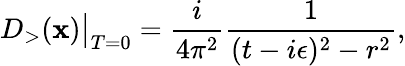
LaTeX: D_{>}(\mathbf{x})\big|_{T=0}={\frac{{i}}{{4\pi^{2}}}}{\frac{{1}}{{(t-i\epsilon)^{2}-r^{2}}}},